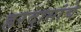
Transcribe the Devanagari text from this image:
हरदासांचे